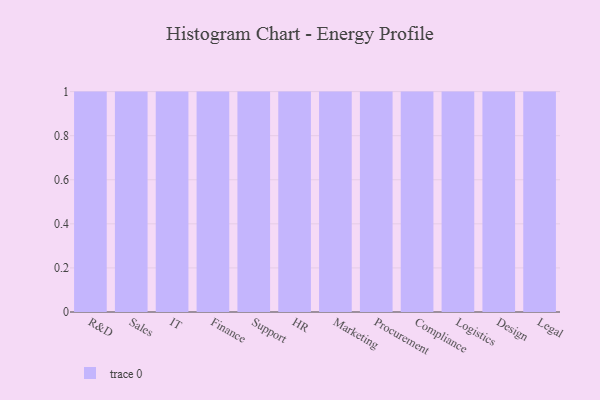
{"axis": {"x": "Department", "y": "Demand Index"}, "legend": [""], "data": [{"x": "R&D", "y": 66, "type": ""}, {"x": "Sales", "y": 93, "type": ""}, {"x": "IT", "y": 12, "type": ""}, {"x": "Finance", "y": 16, "type": ""}, {"x": "Support", "y": 76, "type": ""}, {"x": "HR", "y": 92, "type": ""}, {"x": "Marketing", "y": 19, "type": ""}, {"x": "Procurement", "y": 72, "type": ""}, {"x": "Compliance", "y": 57, "type": ""}, {"x": "Logistics", "y": 61, "type": ""}, {"x": "Design", "y": 58, "type": ""}, {"x": "Legal", "y": 21, "type": ""}]}